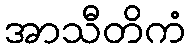
အာသီတိကံ